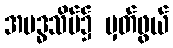
အဗဒ္ဓသိမ်၌ မှတ်ဖွယ်